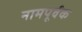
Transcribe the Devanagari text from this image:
नामपूर्वक